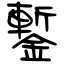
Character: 鏨